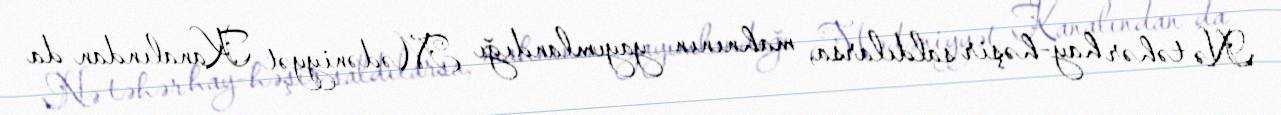
Nə təhər hay-həşir saldılarsa, mahnının yayımlandığı Mədəniyyət Kanalından da